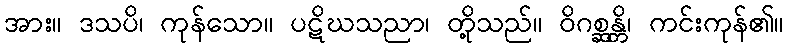
အား။ ဒသပိ၊ ကုန်သော။ ပဋိဃသညာ၊ တို့သည်။ ဝိဂစ္ဆန္တိ၊ ကင်းကုန်၏။